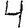
Digit: 4